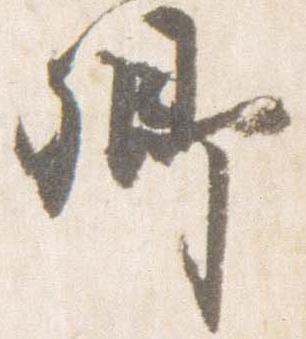
卿